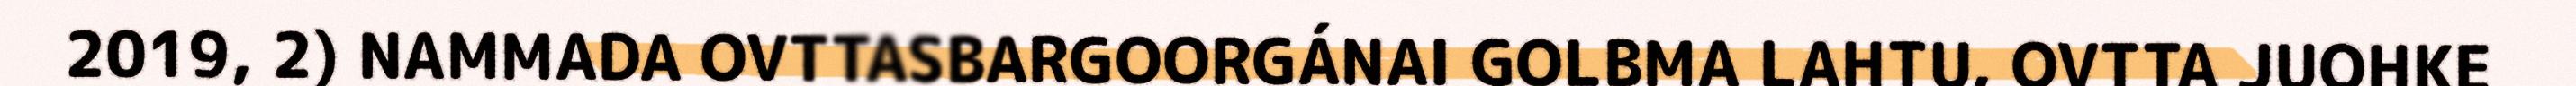
2019, 2) NAMMADA OVTTASBARGOORGÁNAI GOLBMA LAHTU, OVTTA JUOHKE